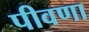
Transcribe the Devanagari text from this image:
पीवणा